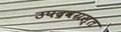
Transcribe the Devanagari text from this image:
उपद्रवग्रस्त